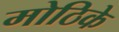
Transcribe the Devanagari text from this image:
मोठिके